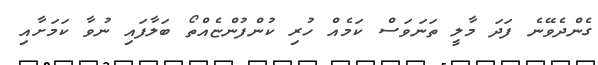
ގެންދެވޭނެ ފަދަ މާލީ ތަނަވަސް ކަމެއް ހުރި ކުންފުންޏެއްތޯ ބަލާފައި ނުވާ ކަމަށާއި